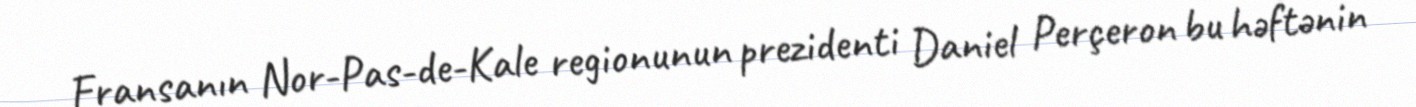
Fransanın Nor-Pas-de-Kale regionunun prezidenti Daniel Perçeron bu həftənin